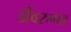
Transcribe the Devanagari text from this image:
डीवरुणड